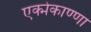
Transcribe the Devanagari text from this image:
एक्मेकाण्णा